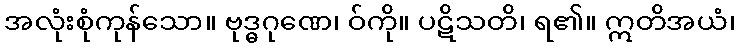
အလုံးစုံကုန်သော။ ဗုဒ္ဓဂုဏေ၊ ဝ်ကို။ ပဋိသတိ၊ ရ၏။ ဣတိအယံ၊